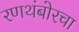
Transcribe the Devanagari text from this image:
रणथंबोरचा